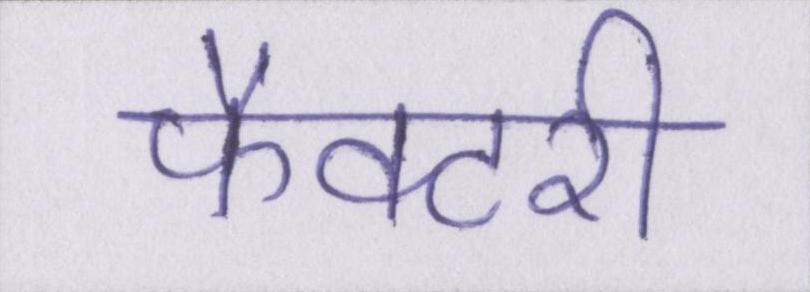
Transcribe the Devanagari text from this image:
फैक्टरी